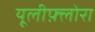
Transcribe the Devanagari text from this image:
यूलीफ़्लोरा